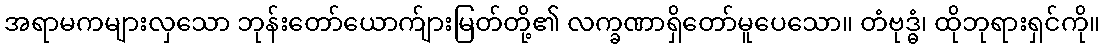
အရာမကများလှသော ဘုန်းတော်ယောက်ျားမြတ်တို့၏ လက္ခဏာရှိတော်မူပေသော။ တံဗုဒ္ဓံ၊ ထိုဘုရားရှင်ကို။